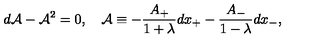
d { \cal A } - { \cal A } ^ { 2 } = 0 , \quad { \cal A } \equiv - { \frac { A _ { + } } { 1 + \lambda } } d x _ { + } - { \frac { A _ { - } } { 1 - \lambda } } d x _ { - } ,